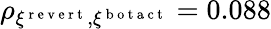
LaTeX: \rho_{\xi^{\mathrm{~r~e~v~e~r~t~}},\xi^{\mathrm{~b~o~t~a~c~t~}}}=0.088